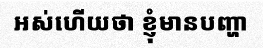
អស់ហើយថា ខ្ញុំមានបញ្ហា